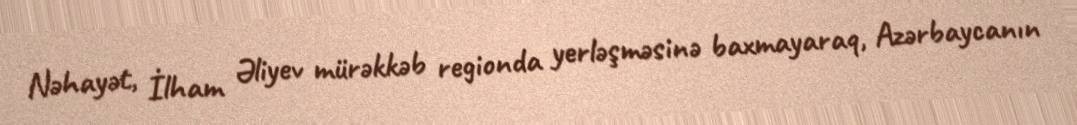
Nəhayət, İlham Əliyev mürəkkəb regionda yerləşməsinə baxmayaraq, Azərbaycanın